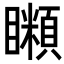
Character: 𥌨